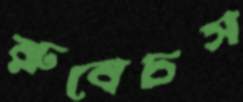
রুবেচস